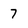
Character: 7